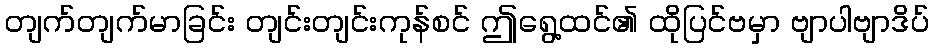
တျက်တျက်မာခြင်း တျင်းတျင်းကုန်စင် ဤရွေ့ထင်၏ ထိုပြင်ဗမှာ ဗျာပါဗျာဒိပ်